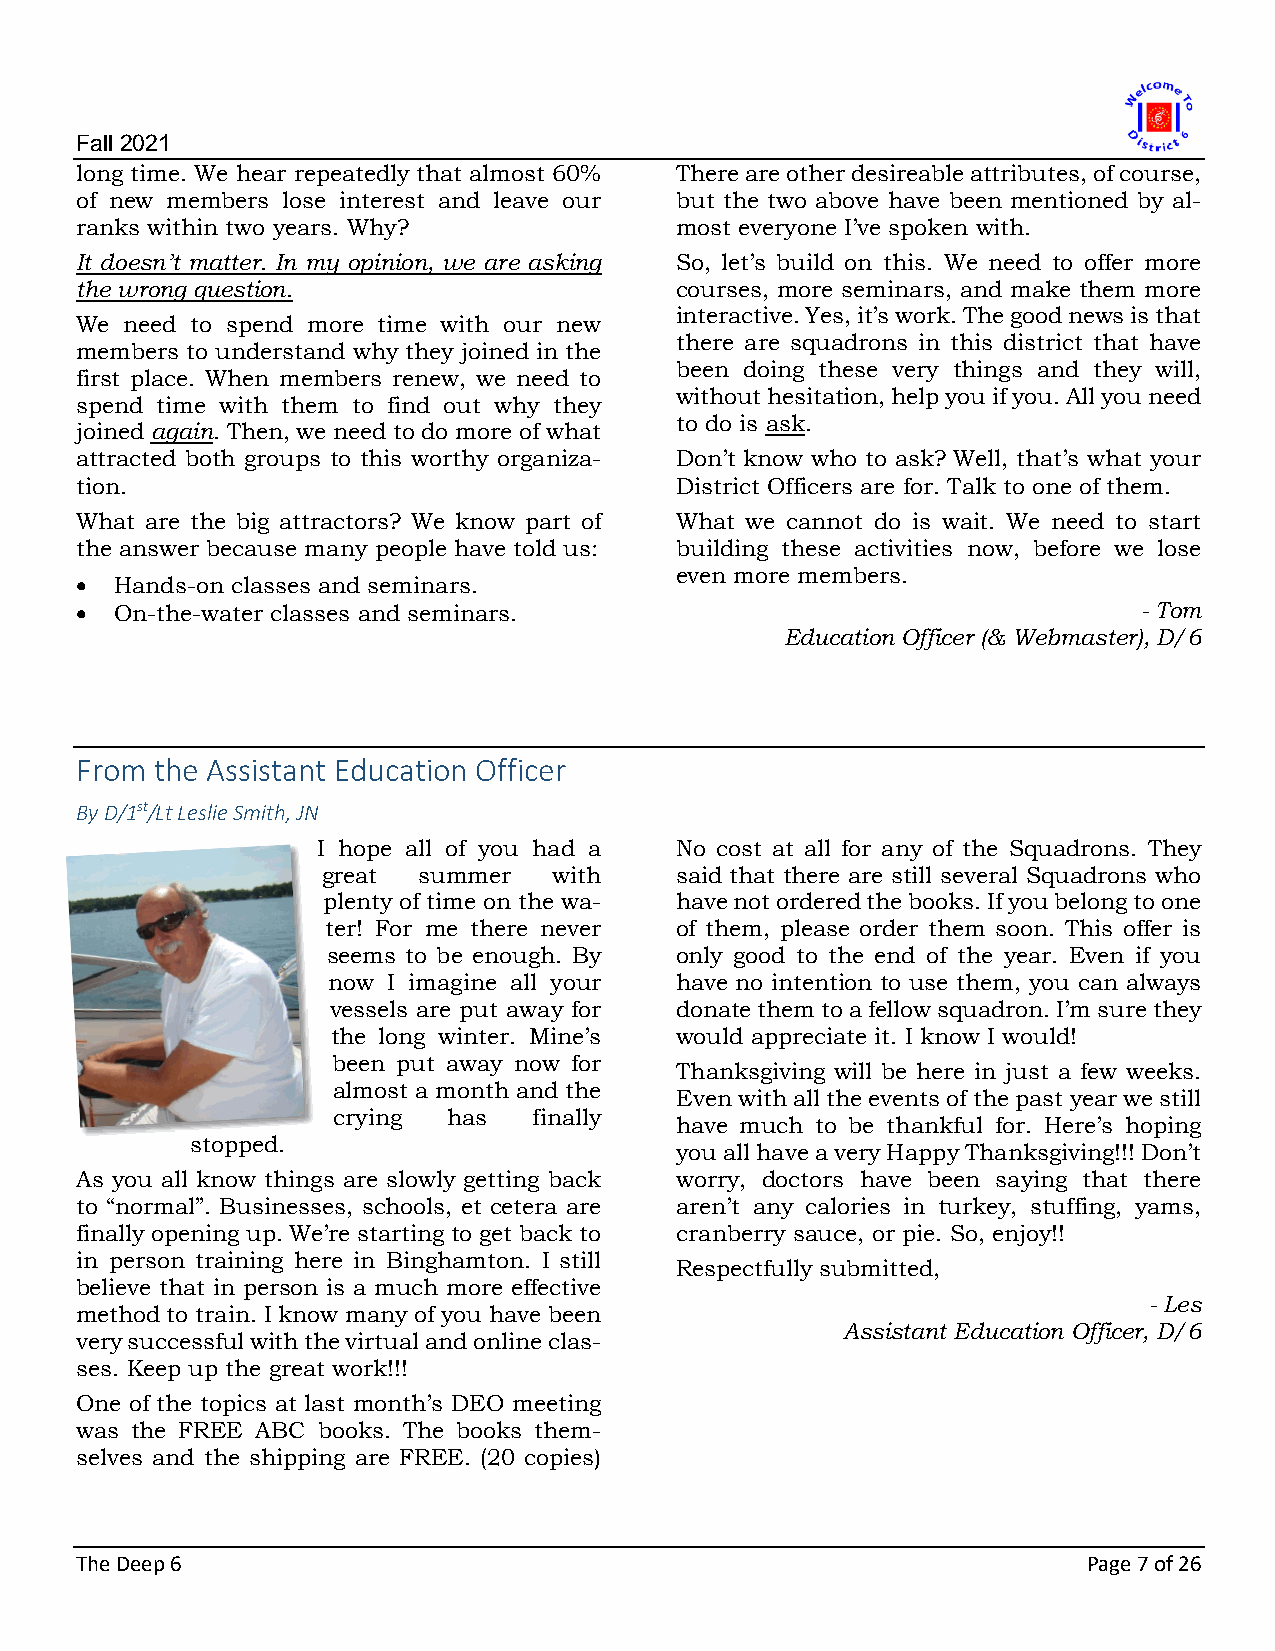
Fall 2021
 long time. We hear repeatedly that almost 60% There are other desireable attributes, of course,
 of new members lose interest and leave our but the two above have been mentioned by al-
 ranks within two years. Why?            most everyone I’ve spoken with.
 It doesn’t matter. In my opinion, we are asking So, let’s build on this. We need to offer more
 the wrong question.                     courses, more seminars, and make them more
 interactive. Yes, it’s work. The good news is that
 We need to spend more time with our new
 there are squadrons in this district that have
 members to understand why they joined in the
 been doing these very things and they will,
 first place. When members renew, we need to
 without hesitation, help you if you. All you need
 spend time with them to find out why they
 to do is ask.
 joined again. Then, we need to do more of what
 attracted both groups to this worthy organiza- Don’t know who to ask? Well, that’s what your
 tion.                                   District Officers are for. Talk to one of them.
 What are the big attractors? We know part of What we cannot do is wait. We need to start
 the answer because many people have told us: building these activities now, before we lose
 even more members.
 •  Hands-on classes and seminars.
 •  On-the-water classes and seminars.                                  - Tom
 Education Officer (& Webmaster), D/6
 From the Assistant Education Officer
 By D/1st/Lt Leslie Smith, JN
 I hope all of you had a No cost at all for any of the Squadrons. They
 great  summer   with    said that there are still several Squadrons who
 plenty of time on the wa- have not ordered the books. If you belong to one
 ter! For me there never of them, please order them soon. This offer is
 seems to be enough. By only good to the end of the year. Even if you
 now I imagine all your have no intention to use them, you can always
 vessels are put away for donate them to a fellow squadron. I’m sure they
 the long winter. Mine’s would appreciate it. I know I would!
 been put away now for
 Thanksgiving will be here in just a few weeks.
 almost a month and the
 Even with all the events of the past year we still
 crying  has  finally
 have much to be thankful for. Here’s hoping
 stopped.
 you all have a very Happy Thanksgiving!!! Don’t
 As you all know things are slowly getting back worry, doctors have been saying that there
 to “normal”. Businesses, schools, et cetera are aren’t any calories in turkey, stuffing, yams,
 finally opening up. We’re starting to get back to cranberry sauce, or pie. So, enjoy!!
 in person training here in Binghamton. I still
 Respectfully submitted,
 believe that in person is a much more effective
 - Les
 method to train. I know many of you have been
 Assistant Education Officer, D/6
 very successful with the virtual and online clas-
 ses. Keep up the great work!!!
 One of the topics at last month’s DEO meeting
 was the FREE ABC books. The books them-
 selves and the shipping are FREE. (20 copies)
 The Deep 6                                                         Page 7 of 26